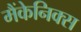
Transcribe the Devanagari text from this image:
मैंकेनिक्‍स